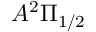
A ^ { 2 } \Pi _ { 1 / 2 }